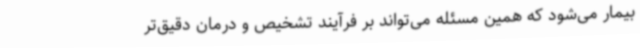
بیمار می‌شود که همین مسئله می‌تواند بر فرآیند تشخیص و درمان دقیق‌تر